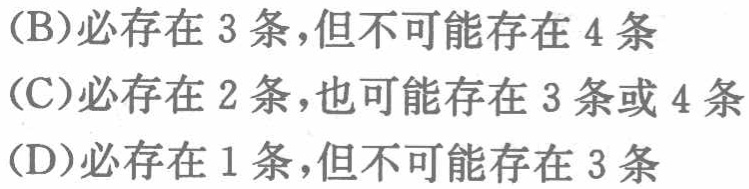
(B)必存在 3 条，但不可能存在 4 条
(C)必存在 2 条，也可能存在 3 条或 4 条
(D)必存在 1 条，但不可能存在 3 条